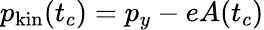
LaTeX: p_{\mathrm{kin}}(t_{c})=p_{y}-eA(t_{c})